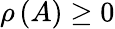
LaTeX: \rho\left(A\right)\geq 0